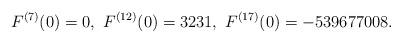
LaTeX: \begin{align*}F^{(7)}(0)=0,\ F^{(12)}(0)=3231,\ F^{(17)}(0)= -539677008.\end{align*}